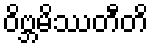
ဝိဗ္ဘမိဿတီတိ